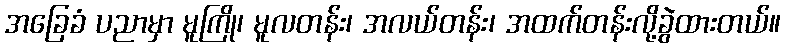
အခြေခံ ပညာမှာ မူကြို၊ မူလတန်း၊ အလယ်တန်း၊ အထက်တန်းလို့ခွဲထားတယ်။